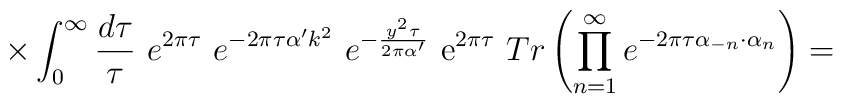
\times \int_0^\infty \frac {d\tau}{\tau}~ e^{2\pi \tau}~ e^{-2\pi \tau\alpha' k^2} ~e^{- \frac{y^2 \tau}{2\pi\alpha'}}~{\rm e}^{2 \pi \tau}~ Tr \left(\prod_{n=1}^\infty e^{-2\pi \tau \alpha_{-n} \cdot \alpha_{n}}\right)=